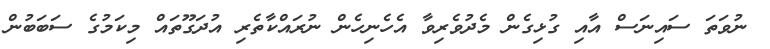
ނުވަތަ ސައިނަސް އާއި ގުޅިގެން މެދުވެރިވާ އެހެނިހެން ނުރައްކާތެރި އުދަގޫތައް މިކަމުގެ ސަބަބުން